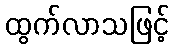
ထွက်လာသဖြင့်